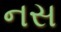
નસ